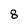
Character: 8